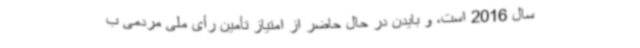
سال 2016 است، و بایدن در حال حاضر از امتیاز تأمین رأی ملی مردمی ب